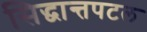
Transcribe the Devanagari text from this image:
सिद्धान्तपटल